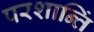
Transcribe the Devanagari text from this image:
परशान्तिं